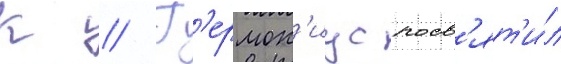
К // Г'ермон'иус посв'ят'и́л